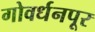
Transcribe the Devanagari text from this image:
गोवर्धनपूर